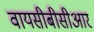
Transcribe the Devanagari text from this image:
वायसीबीसीआर